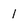
Character: 1